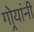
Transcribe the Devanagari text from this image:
गोर्‍यांनी